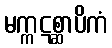
မက္ကဋစ္ဆာပိကံ